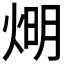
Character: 𤊉